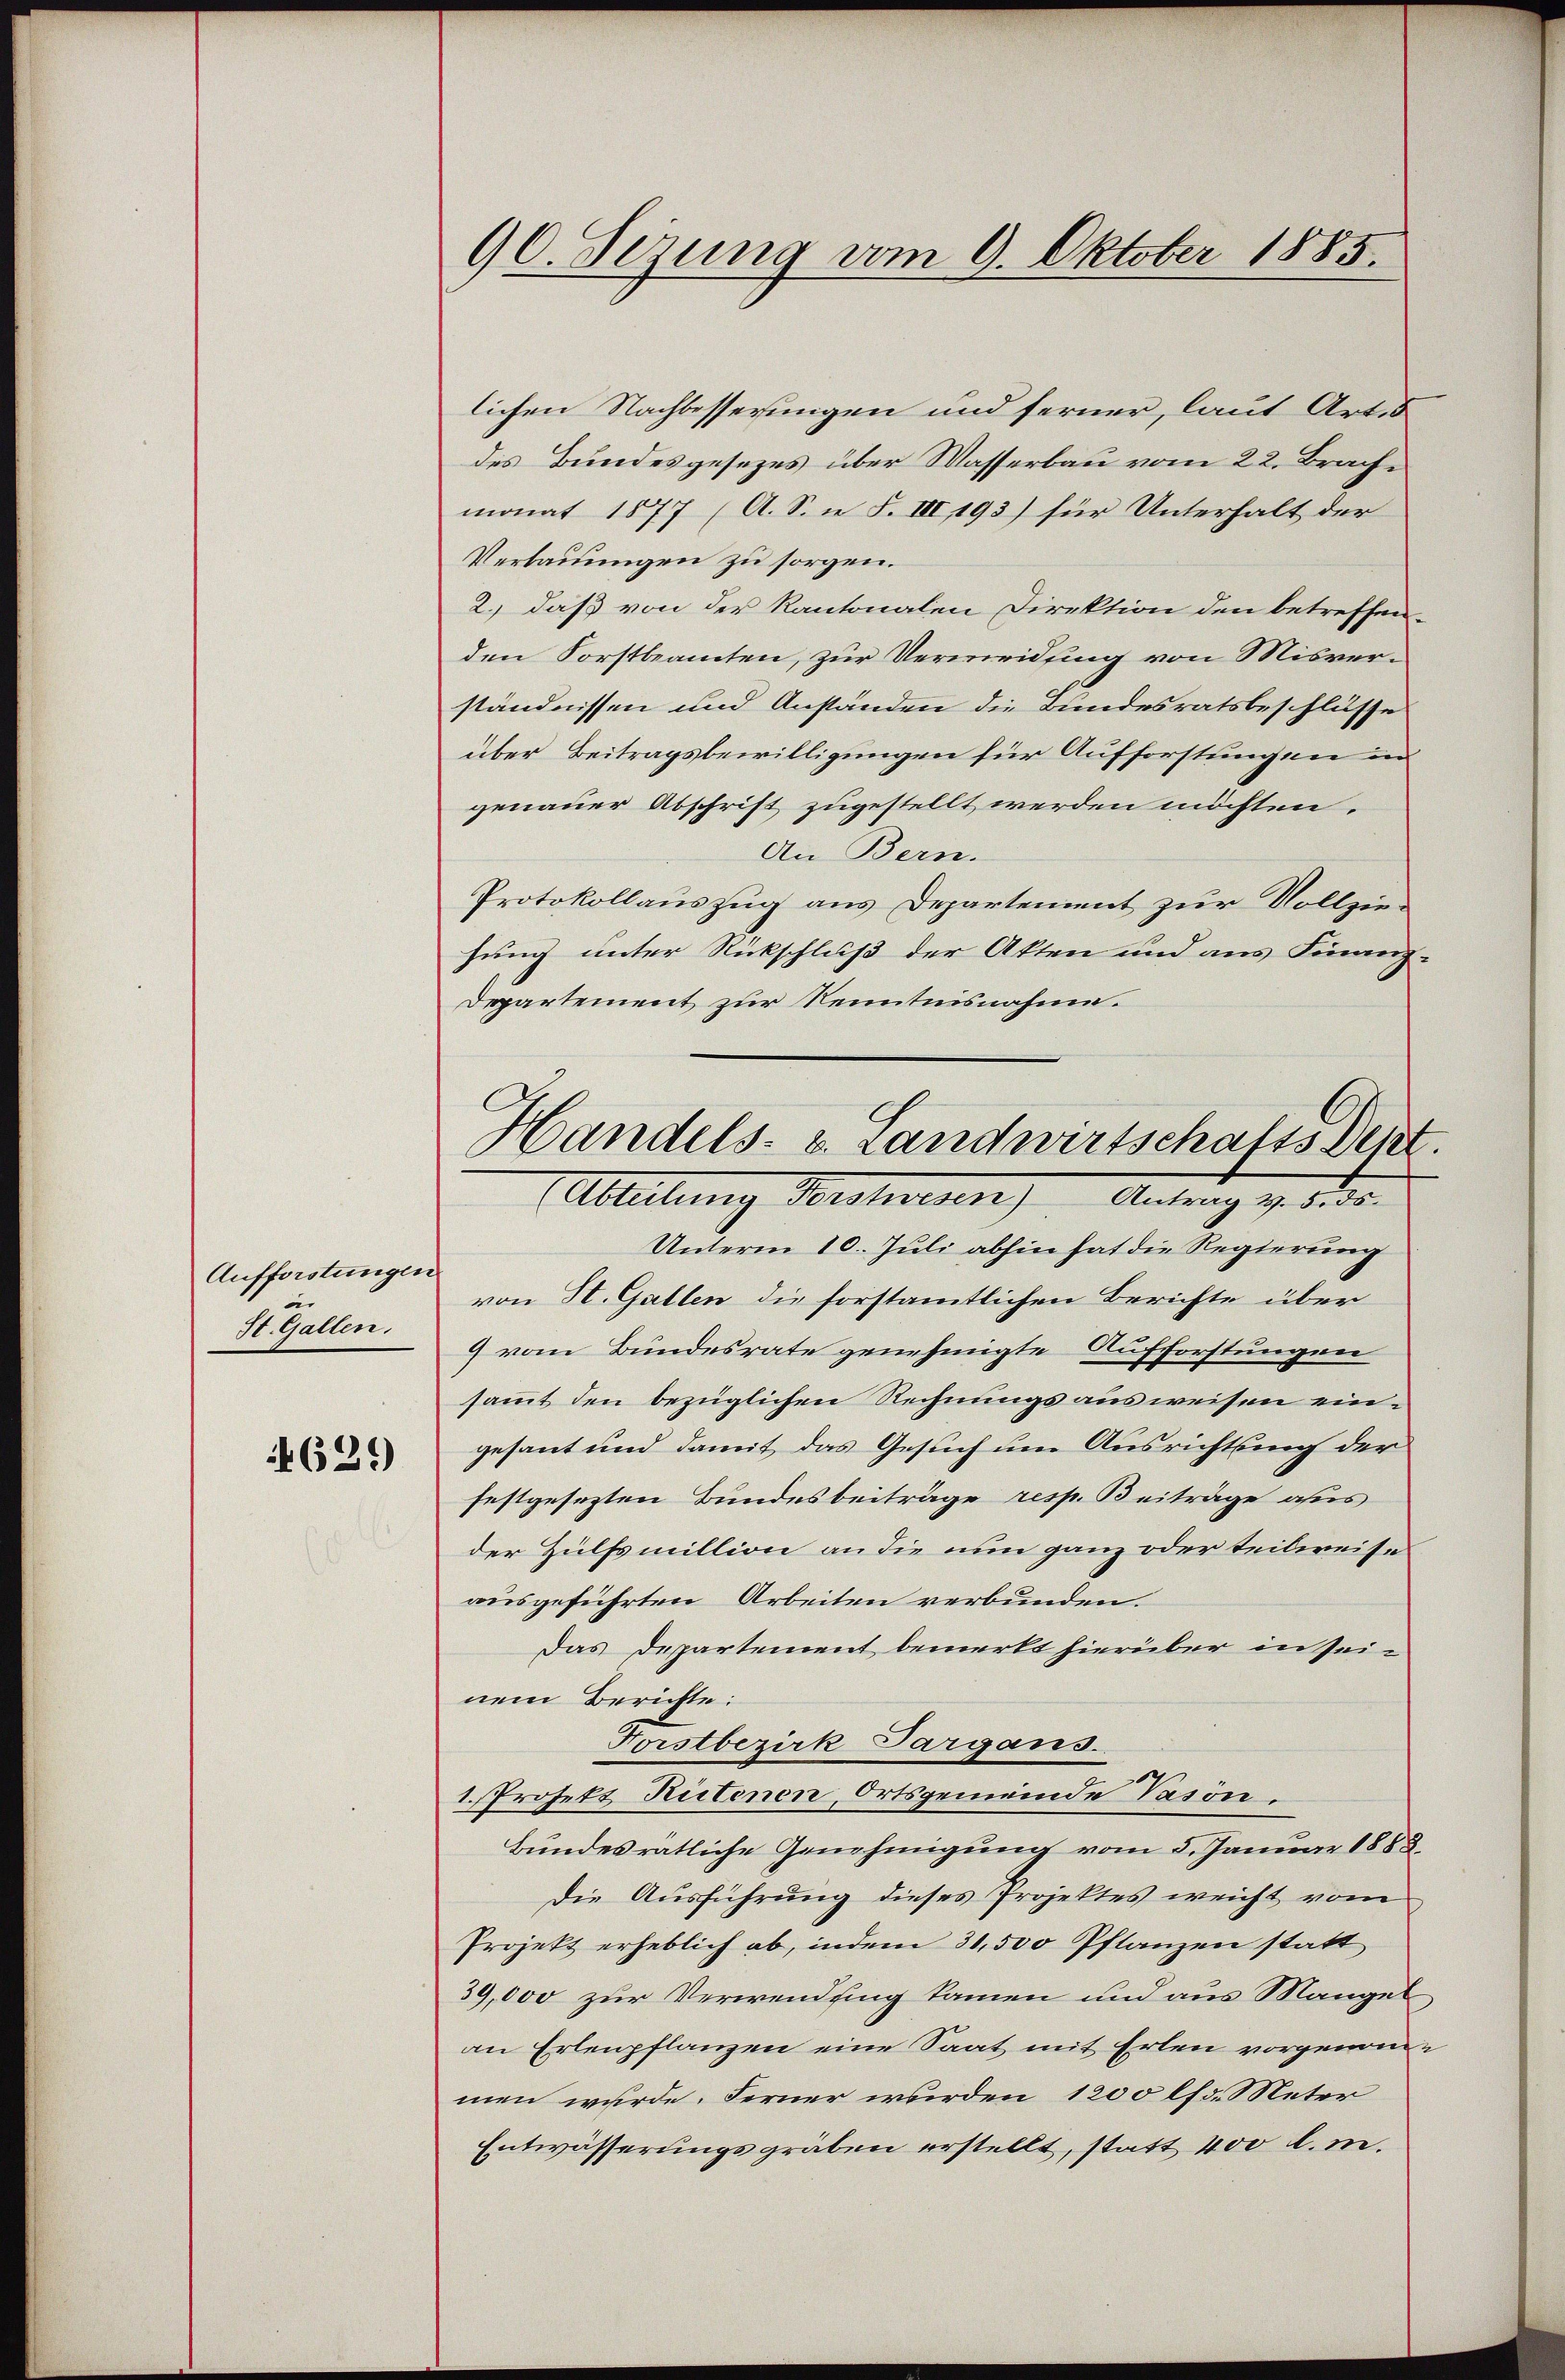
Aufforstungen
St. Gallen.

4629

90. Sezung vom 9. Oktober 1885.

lichen Nachbesserungen und ferner, laut Artis
des Bundesgesezes über Wasserbau vom 22. Brachmonat 1877 (A. S. i S. III, 193) für Unterhalt der
Verbauungen zu sorgen.
2.) daß von der Kantonalen Direktion den betreffen-
den Forstbeamten, zur Vermeidung von Misverständnissen und Anständen die Bundesratsbeschlüsse
über Beitragsbewilligungen für Aufforstungen in
genauer Abschrift zugestellt werden möchten.
An Bern.
Protokollauszug aus Departement zur Vollziehung unter Rückschluß der Akten und aus Finanz-
Departement zur Kenntnisnahme.
Unterm 10. Juli abhin hat die Regierung
von St. Gallen die forstamtlichen Berichte über
9 vom Bundesrate genehmigte Aufforstungen
sammt den bezüglichen Rechnungsausweisen eingesant und damit das Gesuch um Ausrichtung der
festgesezten Bundesbeiträge resp. Beiträge aus
der Hülfsmillion an die nun ganz oder teilweise
ausgeführten Arbeiten verbunden.
Das Departement bemerkt hierüber in seinem Berichte:
Forstbezirk Sargans.
1. Profett Rutenen, Ortsgemeinde Vasön.
Bundesrätliche Genehmigung vom 5. Januar 1888.
Die Ausführung dieses Projektes weicht vom
Projekt erheblich ab, indem 34,500 Pflanzen statt
39,000 zur Verwendung kamen und aus Mangel
an Erlenpflanzen eine Saat mit Erlen vorgenommen wurde. Ferner wurden 1200 lfd. Meter
Entwässerungsgräben erstellt, statt 400 l. m.

Handels- u. Landwirtschafts Det
Ableitung Vorsterren 500.